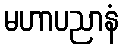
မဟာပညာနံ